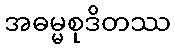
အဓမ္မစုဒိတဿ